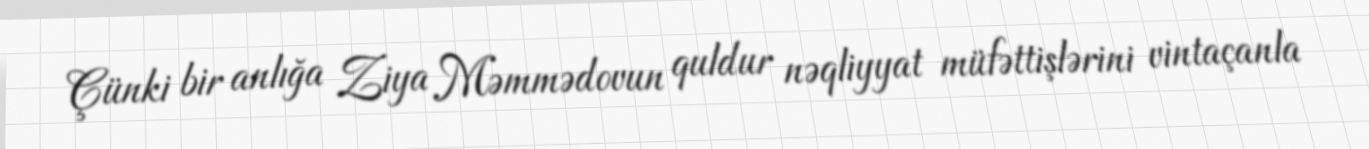
Çünki bir anlığa Ziya Məmmədovun quldur nəqliyyat müfəttişlərini vintaçanla